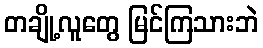
တချို့လူတွေ မြင်ကြသားဘဲ